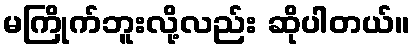
မကြိုက်ဘူးလို့လည်း ဆိုပါတယ်။